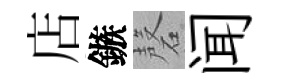
店鏃磬闻